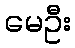
မေဦး